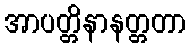
အာပတ္တိနာနတ္တတာ